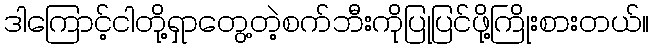
ဒါကြောင့်ငါတို့ရှာတွေ့တဲ့စက်ဘီးကိုပြုပြင်ဖို့ကြိုးစားတယ်။